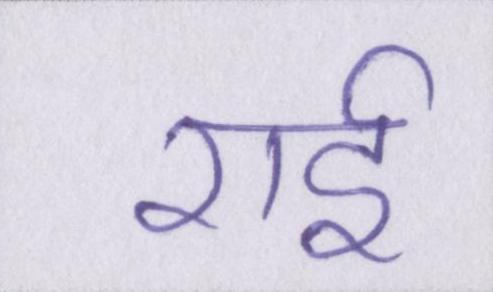
राई